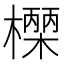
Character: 𭬓